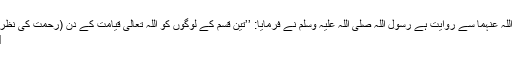
عبد اللہ بن عمر رضی اللہ عنہما سے روایت ہے رسول اللہ صلی اللہ علیہ وسلم نے فرمایا: ’’تین قسم کے لوگوں کو اللہ تعالیٰ قیامت کے دن (رحمت کی نظر سے) نہیں دیکھے گا:
1- ماں باپ کا نافرمان۔